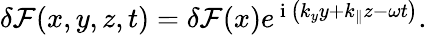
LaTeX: \begin{array}{r}{\delta\mathcal{F}(x,y,z,t)=\delta\mathcal{F}(x)e^{\mathrm{~i~}\left(k_{y}y+k_{\parallel}z-\omega t\right)}.}\end{array}